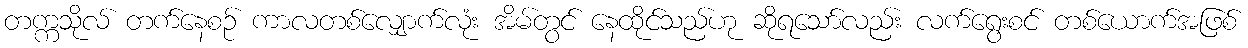
တက္ကသိုလ် တက်နေစဉ် ကာလတစ်လျှောက်လုံး အိမ်တွင် နေထိုင်သည်ဟု ဆိုရသော်လည်း လက်ရွေးစင် တစ်ယောက်အဖြစ်